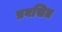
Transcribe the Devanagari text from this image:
प्रवसित